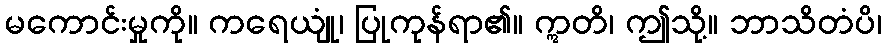
မကောင်းမှုကို။ ကရေယျုံ၊ ပြုကုန်ရာ၏။ ဣတိ၊ ဤသို့။ ဘာသိတံပိ၊